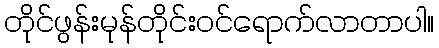
တိုင်ဖွန်းမုန်တိုင်းဝင်ရောက်လာတာပါ။